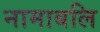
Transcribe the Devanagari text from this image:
नामाबलि